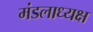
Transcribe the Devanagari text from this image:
मंडलाध्यक्ष